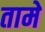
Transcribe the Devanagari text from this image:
तामे